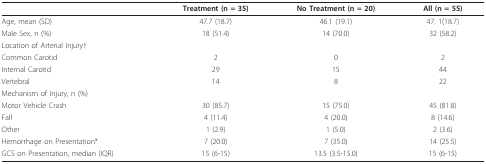
|  | Treatment (n = 35) | No Treatment (n = 20) | All (n = 55) |
 | --- | --- | --- | --- |
 | Age, mean (SD) | 47.7 (18.7) | 46.1 (19.1) | 47. 1(18.7) |
 | Male Sex, n (%) | 18 (51.4) | 14 (70.0) | 32 (58.2) |
 | Location of Arterial Injury† |  |  |  |
 | Common Carotid | 2 | 0 | 2 |
 | Internal Carotid | 29 | 15 | 44 |
 | Vertebral | 14 | 8 | 22 |
 | Mechanism of Injury, n (%) |  |  |  |
 | Motor Vehicle Crash | 30 (85.7) | 15 (75.0) | 45 (81.8) |
 | Fall | 4 (11.4) | 4 (20.0) | 8 (14.6) |
 | Other | 1 (2.9) | 1 (5.0) | 2 (3.6) |
 | Hemorrhage on Presentation* | 7 (20.0) | 7 (35.0) | 14 (25.5) |
 | GCS on Presentation, median (IQR) | 15 (6-15) | 13.5 (3.5-15.0) | 15 (6-15) |